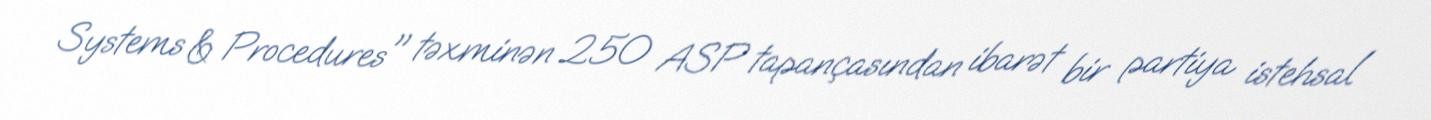
Systems & Procedures" təxminən 250 ASP tapançasından ibarət bir partiya istehsal